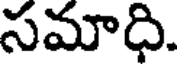
సమాధి.